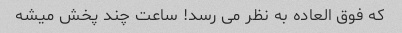
که فوق العاده به نظر می رسد! ساعت چند پخش میشه